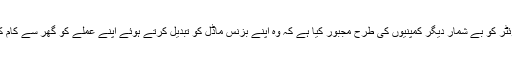
وبا کی وجہ سے اس منصوبے میں تیزی لائی گئی ہے جس نے ٹوئٹر کو بے شمار دیگر کمپنیوں کی طرح مجبور کیا ہے کہ وہ اپنے بزنس ماڈل کو تبدیل کرتے ہوئے اپنے عملے کو گھر سے کام کرنے کی اجازت دے تاکہ کمپنی آپریشنز کو جاری رکھا جا سکے۔